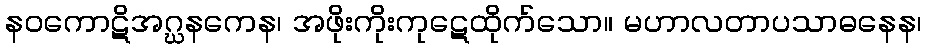
နဝကောဋိအဂ္ဃနကေန၊ အဖိုးကိုးကုဋေထိုက်သော။ မဟာလတာပသာဓနေန၊